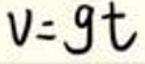
$v = g t$